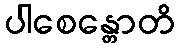
ပါစေန္တောတိ